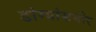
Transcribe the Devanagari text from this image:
डांग्यांसमोर